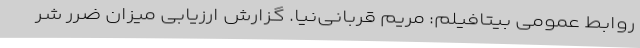
روابط عمومی بیتافیلم: مریم قربانی‌نیا. گزارش ارزیابی میزان ضرر شر